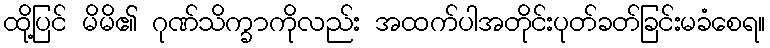
ထို့ပြင် မိမိ၏ ဂုဏ်သိက္ခာကိုလည်း အထက်ပါအတိုင်းပုတ်ခတ်ခြင်းမခံစေရ။